Annual report of the Punjab Veterinary College and of the Civil Veterinary Department, Punjab - 1909-1919
Year: 1909
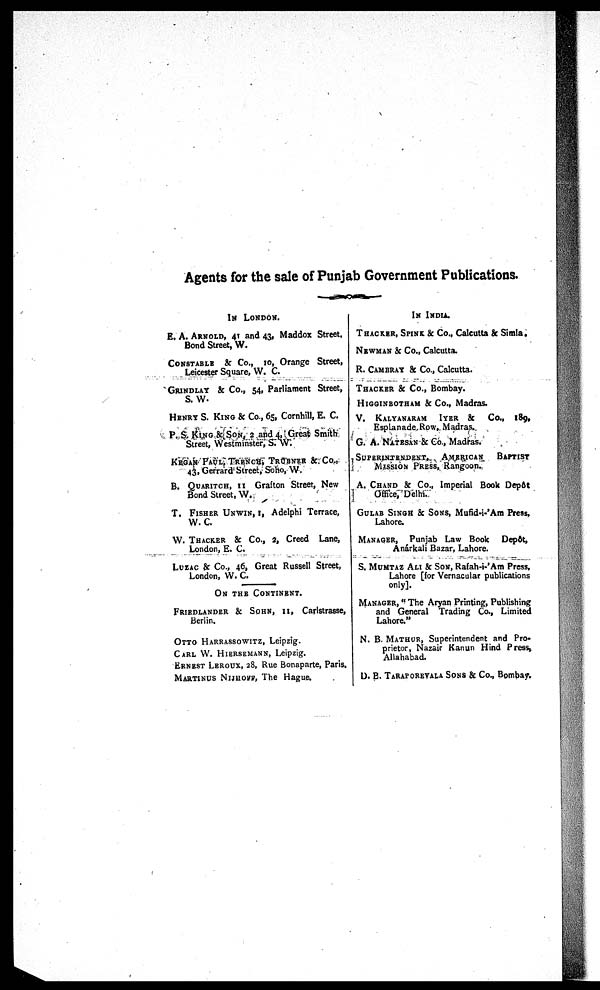
Agents for the sale of Punjab Government Publications.
IN LONDON.
E. A. ARNOLD, 41 and 43, Maddox Street,
Bond Street, W.
CONSTABLE & Co., 10, Orange Street,
Leicester Square, W. C.
GRINDLAY & Co., 54, Parliament Street,
S. W.
HENRY S. KING & Co., 65, Cornhill, E. C.
P. S. KING & SON, 2 and 4, Great Smith
Street, Westminster, S. W.
KEGAN PAUL, TRENCH, TRUBNER & Co.,
43, Gerrard Street, Soho, W.
B. QUARITCH, II Grafton Street, New
Bond Street, W.
T. FISHER UNWIN, I, Adelphi Terrace,
W. C.
W. THACKER & Co., 2, Creed Lane,
London, E. C.
LUZAC & Co., 46, Great Russell Street,
London, W. C.
ON THE CONTINENT.
FRIEDLANDER & SOHN, II, Carlstrasse,
Berlin.
OTTO HARRASSOWITZ, Leipzig.
CARL W. HIERSEMANN, Leipzig.
ERNEST LEROUX, 28, Rue Bonaparte, Paris.
MARTINUS NIJHOFF, The Hague.
IN INDIA.
THACKER, SPINK & Co., Calcutta & Simla.
NEWMAN & Co., Calcutta.
R. CAMBRAY & Co., Calcutta.
THACKER & Co., Bombay.
HIGGINBOTHAM & Co., Madras.
V.
KALYANARAM
IYER
&
Co., 189,
Esplanade Row, Madras.
G. A. NATESAN & Co., Madras.
SUPERINTENDENT,
AMERICAN
BAPTIST
MISSION PRESS, Rangoon.
A. CHAND & Co., Imperial Book Depôt
Office, Delhi.
GULAB SINGH & SONS, Mufid-i-'Am Press,
Lahore.
MANAGER, Punjab Law Book Depôt,
Anárkali Bazar, Lahore.
S. MUMTAZ ALI & SON, Rafah-i-'Am Press,
Lahore [for Vernacular publications
only].
MANAGER, " The Aryan Printing, Publishing
and General Trading Co., Limited
Lahore."
N. B. MATHUR, Superintendent and Pro-
prietor, Nazair Kanun Hind Press,
Allahabad.
D. B. TARAPOREVALA SONS & Co., Bombay.